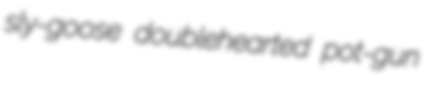
sly-goose doublehearted pot-gun